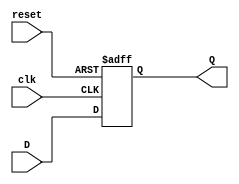
module DFlipFlop (
    input wire clk,       // Clock input
    input wire reset,     // Asynchronous reset input
    input wire D,         // Data input
    output reg Q          // Data output
);

// Always block triggered on the negative edge of the clock
always @(negedge clk or posedge reset) begin
    if (reset) begin
        Q <= 1'b0;       // Asynchronous reset: clear output
    end else begin
        Q <= D;          // On falling edge of clk, assign D to Q
    end
end

endmodule